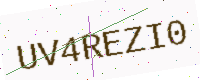
Text: UV4REZI0